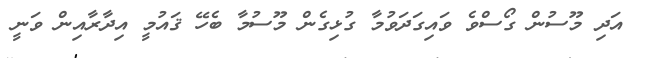
އަދި މޫސުން ގޯސްވެ ވައިގަދަވުމާ ގުޅިގެން މޫސުމާ ބެހޭ ޤައުމީ އިދާރާއިން ވަނީ